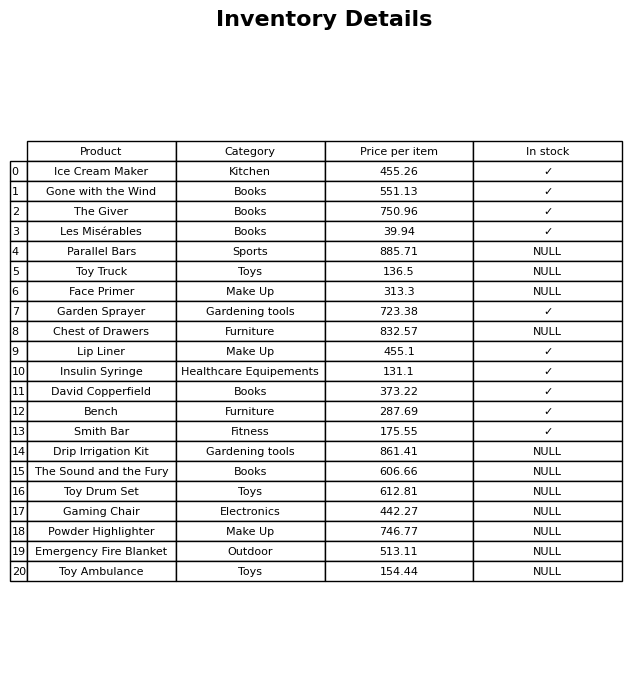
question: What is the price of the Ice Cream Maker?
answer: The price of Ice Cream Maker is 455.26.